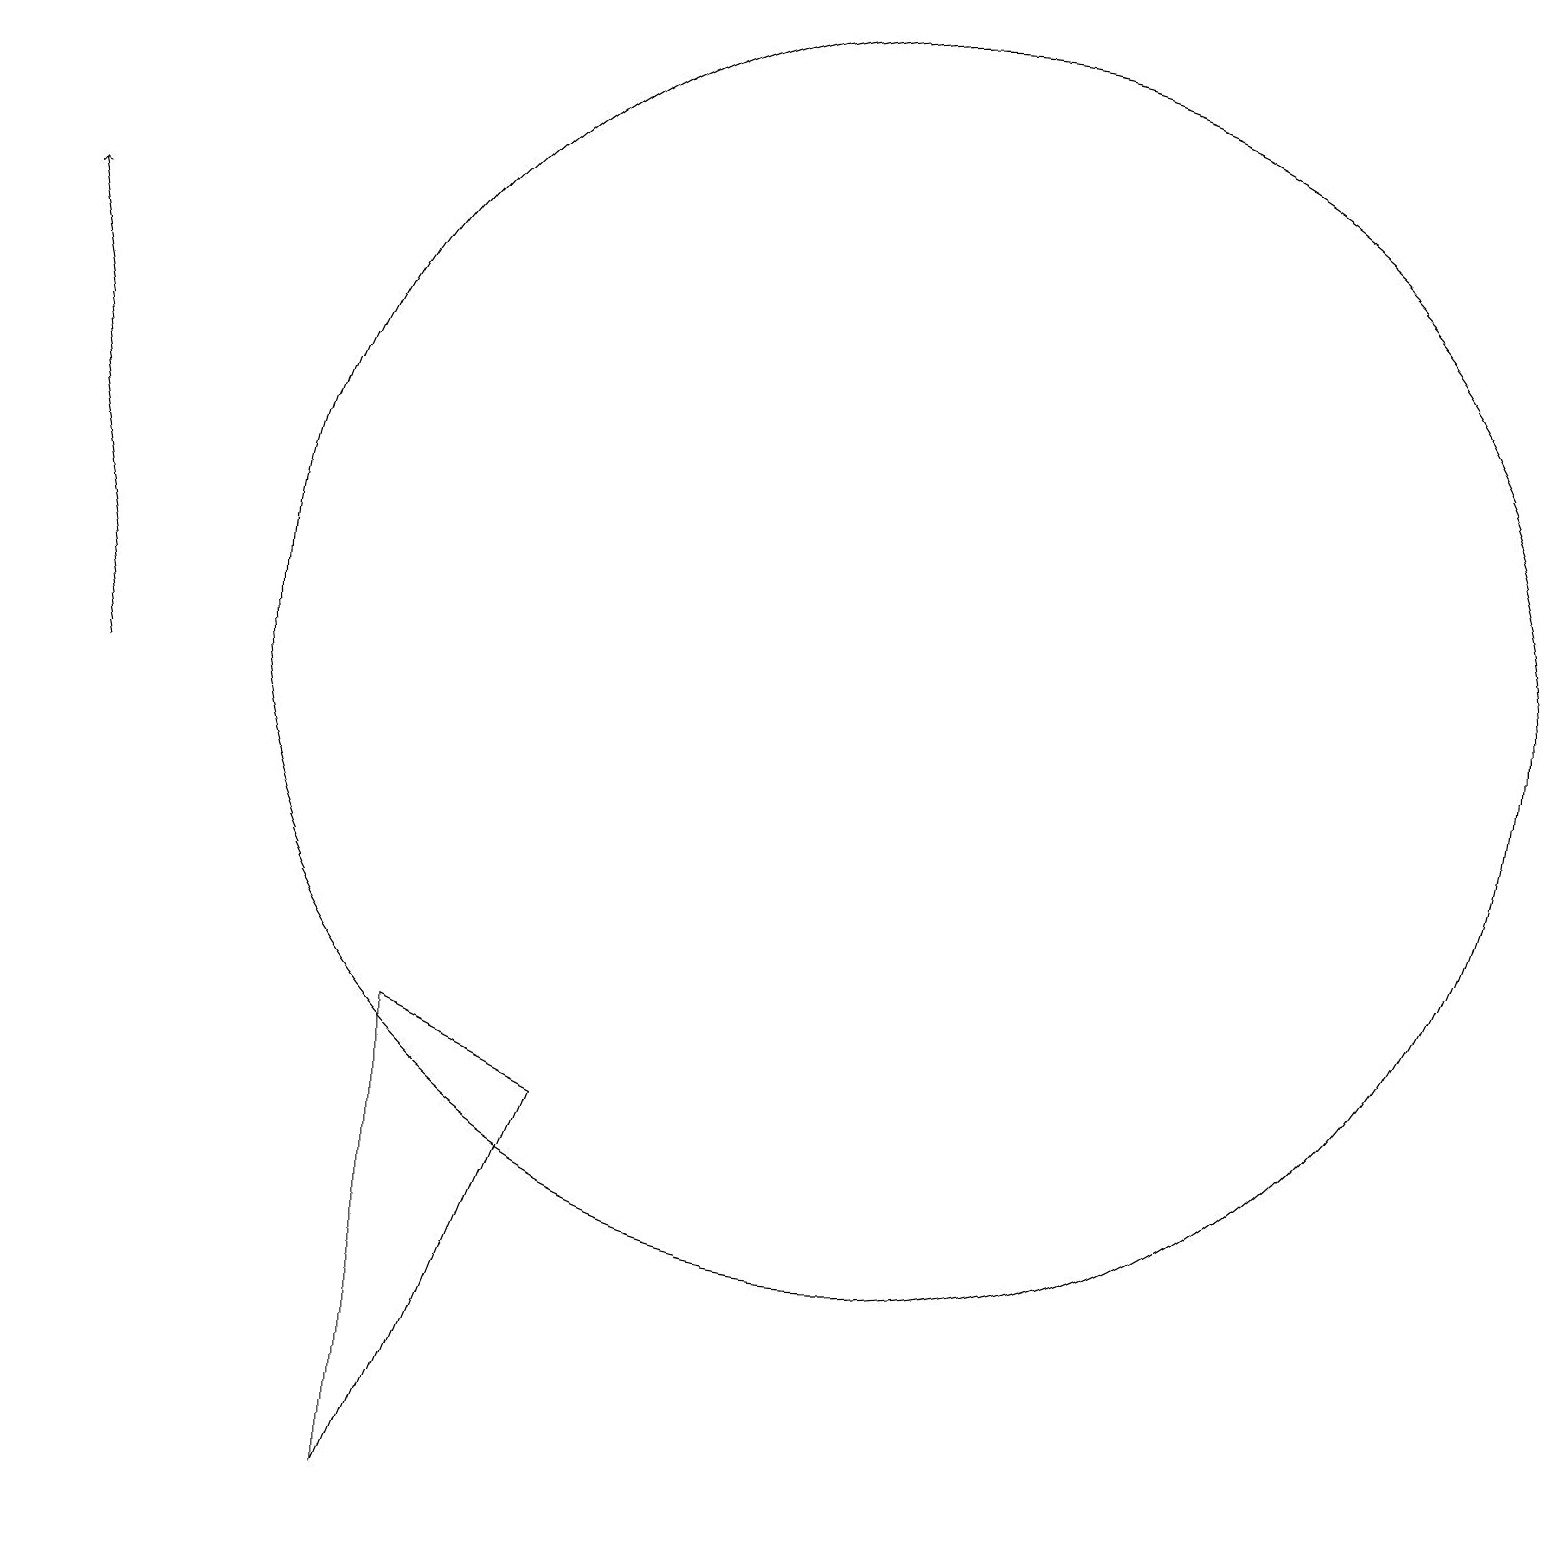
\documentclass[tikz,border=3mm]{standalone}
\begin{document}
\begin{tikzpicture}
\draw (7,5) -- (5,6) -- (5,0) -- cycle;
\draw[->] (1,10) -- (0,16);
\draw (10,11) circle (0);
\draw (11,11) circle (8);
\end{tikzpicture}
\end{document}